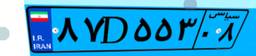
۶۴D۵۰۶۴۴